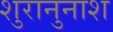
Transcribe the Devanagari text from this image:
शुरानुनाश